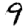
Digit: 9